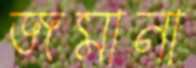
জমানা